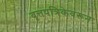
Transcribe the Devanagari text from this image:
वृत्तपत्रिकेवरून